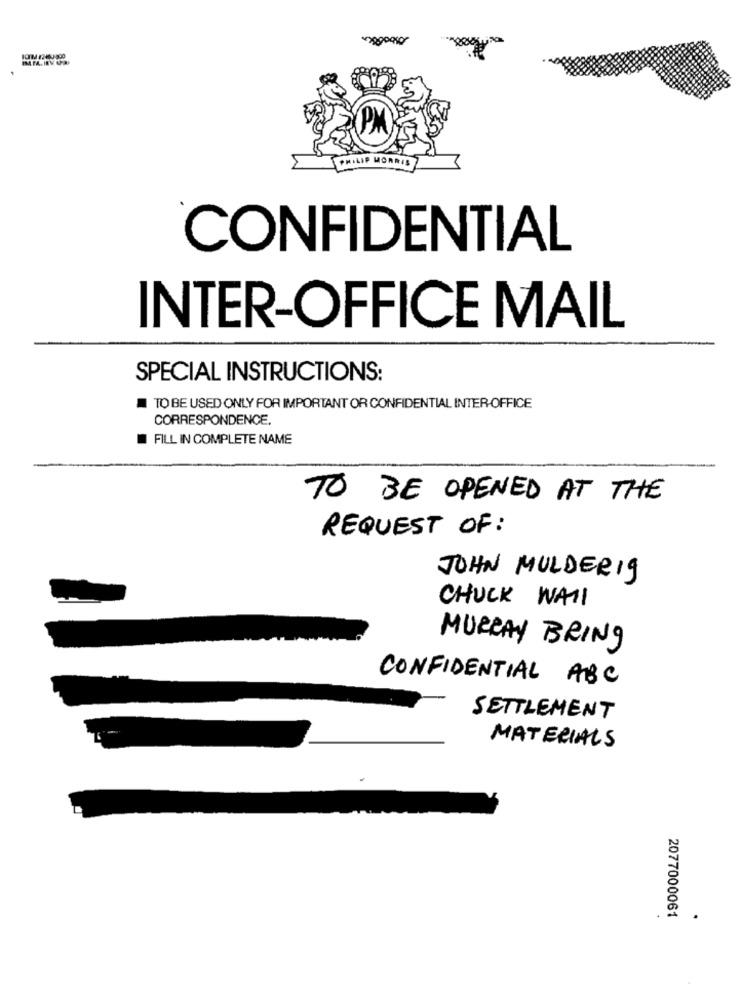
P MORRIS
CONFIDENTIAL
INTER-OFFICE MAIL
SPECIAL INSTRUCTIONS:
TO BE USED ONLY FOR IMPORTANT OR CONFIDENTIAL INTER-OFFICE
CORRESPONDENCE.
FILL IN COMPLETE NAME
TO BE OPENED AT THE
REQUEST OF :
JOHN MULDERIg
CHUCK WAII
MURRAY BRING
CONFIDENTIAL ABC
SETTLEMENT
MATERIALS
2077000061
.